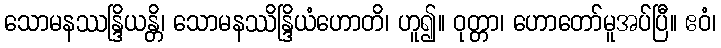
သောမနဿန္ဒြိယန္တိ၊ သောမနဿိန္ဒြိယံဟောတိ၊ ဟူ၍။ ဝုတ္တာ၊ ဟောတော်မူအပ်ပြီ။ ဧဝံ၊